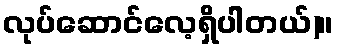
လုပ်ဆောင်လေ့ရှိပါတယ်)။